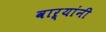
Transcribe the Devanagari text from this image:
वाऱ्यांनी